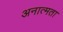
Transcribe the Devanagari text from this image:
अनात्मता